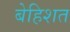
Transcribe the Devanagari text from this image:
बेहिशत